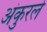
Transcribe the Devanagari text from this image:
अंकुरले